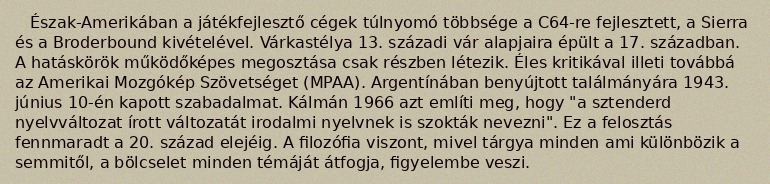
Észak-Amerikában a játékfejlesztő cégek túlnyomó többsége a C64-re fejlesztett, a Sierra és a Broderbound kivételével. Várkastélya 13. századi vár alapjaira épült a 17. században. A hatáskörök működőképes megosztása csak részben létezik. Éles kritikával illeti továbbá az Amerikai Mozgókép Szövetséget (MPAA). Argentínában benyújtott találmányára 1943. június 10-én kapott szabadalmat. Kálmán 1966 azt említi meg, hogy "a sztenderd nyelvváltozat írott változatát irodalmi nyelvnek is szokták nevezni". Ez a felosztás fennmaradt a 20. század elejéig. A filozófia viszont, mivel tárgya minden ami különbözik a semmitől, a bölcselet minden témáját átfogja, figyelembe veszi.